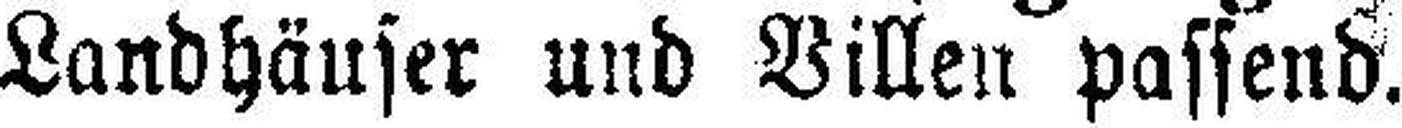
Landhäuser und Villen passend.